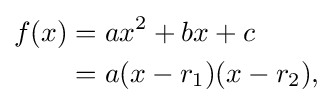
{\begin{aligned}f(x)&=ax^{2}+bx+c\\&=a(x-r_{1})(x-r_{2}),\\\end{aligned}}